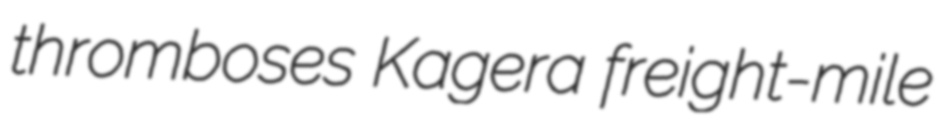
thromboses Kagera freight-mile